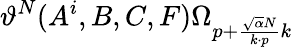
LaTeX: \vartheta^{N}(A^{i},B,C,F)\Omega_{p+{\frac{\sqrt{\alpha}N}{k\cdot p}}k}